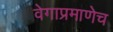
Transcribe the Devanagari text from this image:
वेगाप्रमाणेच